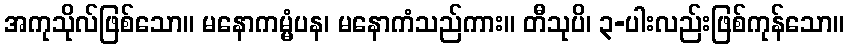
အကုသိုလ်ဖြစ်သော။ မနောကမ္မံပန၊ မနောကံသည်ကား။ တီသုပိ၊ ၃-ပါးလည်းဖြစ်ကုန်သော။